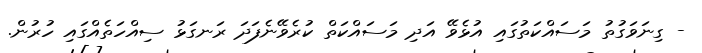
- ގިނަވަގުތު މަސައްކަތުގައި އުޅެވޭ އަދި މަސައްކަތް ކުރެވޭނެފަދަ ރަނގަޅު ސިއްހަތެއްގައި ހުރުން.